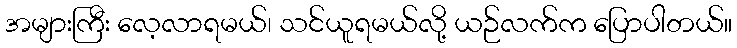
အများကြီး လေ့လာရမယ်၊ သင်ယူရမယ်လို့ ယဉ်လက်က ပြောပါတယ်။